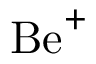
{ \mathrm { B e } } ^ { + }